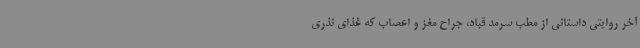
آخر روایتی داستانی از مطب سرمد قباد، جراح مغز و اعصاب که غذای نذری